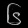
Digit: ၆